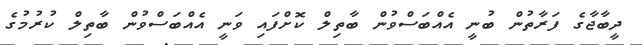
ދީބާޖާގެ ފަރާތުން ބުނީ އެއްބަސްވުން ބާތިލް ކޮށްފައި ވަނީ އެއްބަސްވުން ބާތިލް ކުރުމުގެ